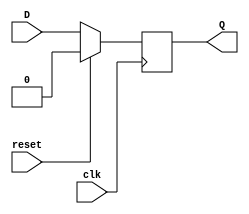
module D_ff(D, clk, reset, Q);
    input D;
    input clk;
    input reset;
    output reg Q;

    // Your code goes here.  DO NOT change anything that is already given! Otherwise, you will not be able to pass the tests!
    always @(posedge clk) 
    begin
        if(reset==1'b1)
            Q <= 1'b0; 
        else 
            Q <= D; 
    end 
endmodule